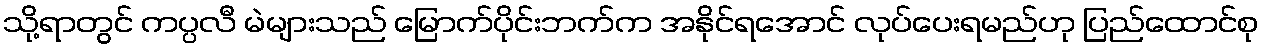
သို့ရာတွင် ကပ္ပလီ မဲများသည် မြောက်ပိုင်းဘက်က အနိုင်ရအောင် လုပ်ပေးရမည်ဟု ပြည်ထောင်စု